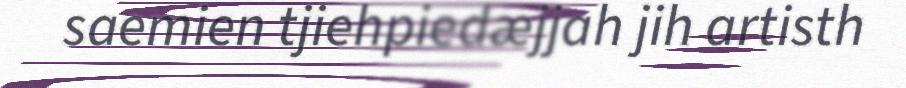
saemien tjiehpiedæjjah jih artisth